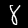
Label: 8